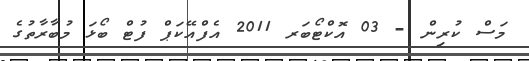
މަސް ކުރިން - 03 އޮކްޓޯބަރ 2011 އެފްއޭކަޕް ފުޓް ބޯޅަ މުބާރާތުގެ